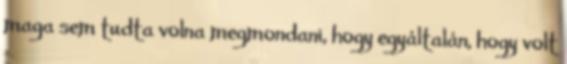
maga sem tudta volna megmondani, hogy egyáltalán, hogy volt